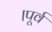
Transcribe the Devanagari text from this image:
।पूर्व